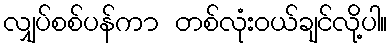
လျှပ်စစ်ပန်ကာ တစ်လုံးဝယ်ချင်လို့ပါ။